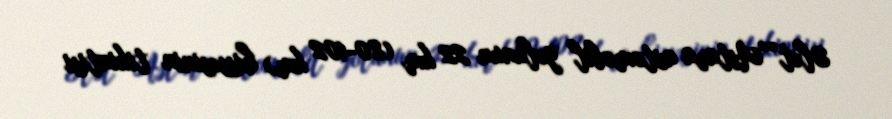
Ələt”“Astara avtomobil yolunun 22 km (80-102 km) hissəsinin tikintisi